Indian journal of veterinary science and animal husbandry - Volumes 28-29, 1958-1959
Year: 1958
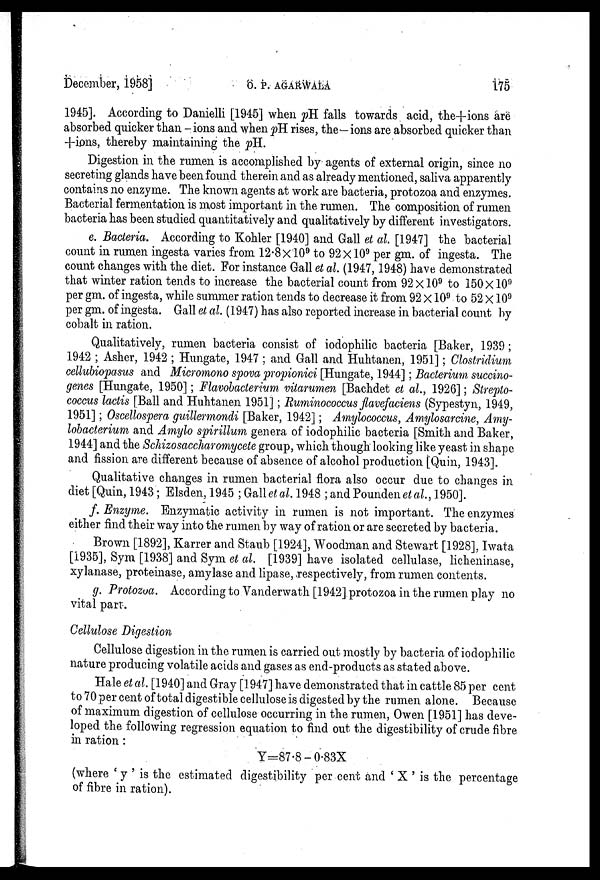
December, 1958]
O.
P.
AGARWALA
175
1945]. According to Danielli [1945] when pH falls towards acid, the+ions are
absorbed quicker than -ions and when pH rises, the—ions are absorbed quicker than
+ions, thereby maintaining the pH.
Digestion in the rumen is accomplished by agents of external origin, since no
secreting glands have been found therein and as already mentioned, saliva apparently
contains no enzyme. The known agents at work are bacteria, protozoa and enzymes.
Bacterial fermentation is most important in the rumen. The composition of rumen
bacteria has been studied quantitatively and qualitatively by different investigators.
e. Bacteria. According to Kohler [1940] and Gall et al. [1947] the bacterial
count in rumen ingesta varies from 12.8×10° to 9.2×10 9 per gm. of ingesta. The
count changes with the diet. For instance Gall et al. (1947, 1948) have demonstrated
that winter ration tends to increase the bacterial count from 92×10 9 to 150×10 9
per gm. of ingesta, while summer ration tends to decrease it from 92 ×10 9 to 52×10 9
per gm. of ingesta. Gall et al. (1947) has also reported increase in bacterial count by
cobalt in ration.
Qualitatively, rumen bacteria consist of iodophilic bacteria [Baker, 1939 ;
1942 ; Asher, 1942 ; Hungate, 1947 ; and Gall and Huhtanen, 1951]; Clostridium
cellubiopasus and Micromono spova propionici [Hungate, 1944]; Bacterium succino-
genes [Hungate, 1950]; Flavobacterium vitarumen [Bachdet et al., 1926]; Strepto-
coccus lactis [Ball and Huhtanen 1951]; Ruminococcus flavefaciens (Sypestyn, 1949,
1951]; Oscellospera guillermondi [Baker, 1942]; Amylococcus, Amylosarcine, Amy-
lobacterium and Amylo spirillum genera of iodophilic bacteria [Smith and Baker,
1944] and the Schizosaccharomycete group, which though looking like yeast in shape
and fission are different because of absence of alcohol production [Quin, 1943].
Qualitative changes in rumen bacterial flora also occur due to changes in
diet [Quin, 1943 ; Elsden, 1945 ; Gall et al. 1948 ; and Pounden et al., 1950].
f. Enzyme. Enzymatic activity in rumen is not important. The enzymes
either find their way into the rumen by way of ration or are secreted by bacteria.
Brown [1892], Karrer and Staub [1924], Woodman and Stewart [1928], Iwata
[1935], Sym [1938] and Sym et al. [1939] have isolated cellulase, licheninase,
xylanase, proteinase, amylase and lipase, respectively, from rumen contents.
g. Protozoa. According to Vanderwath [1942] protozoa in the rumen play no
vital part.
Cellulose Digestion
Cellulose digestion in the rumen is carried out mostly by bacteria of iodophilic
nature producing volatile acids and gases as end-products as stated above.
Hale et al. [1940] and Gray [1947] have demonstrated that in cattle 85 per cent
to 70 per cent of total digestible cellulose is digested by the rumen alone. Because
of maximum digestion of cellulose occurring in the rumen, Owen [1951] has deve-
loped the following regression equation to find out the digestibility of crude fibre
in ration :
Y=87.8-0.83X
(where ' y ' is the estimated digestibility per cent and ' X ' is the percentage
of fibre in ration).